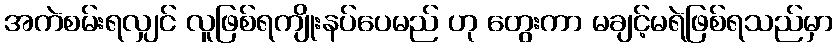
အကဲစမ်းရလျှင် လူဖြစ်ရကျိုးနပ်ပေမည် ဟု တွေးကာ မချင့်မရဲဖြစ်ရသည်မှာ